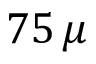
7 5 \, \mu